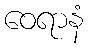
ဝေရာနံ